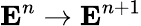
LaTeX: {\mathbf E}^{n}\rightarrow{\mathbf E}^{n+1}